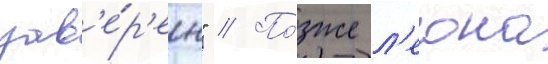
зав'е́р'ен" // По́зже л'еона